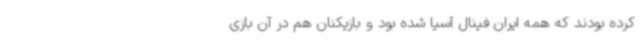
کرده بودند که همه ایران فینال آسیا شده بود و بازیکنان هم در آن بازی